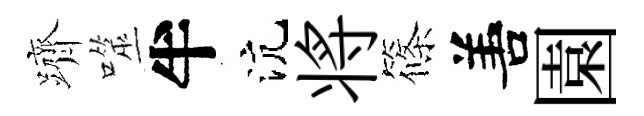
躋噬半沆将篠𠵊園